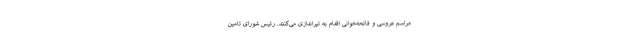
مراسم عروسی و فاتحه‌خوانی اقدام به تیراندازی می‌کنند. رئیس شورای تامین